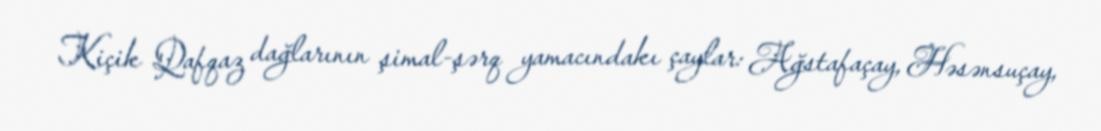
Kiçik Qafqaz dağlarının şimal-şərq yamacındakı çaylar: Ağstafaçay, Həsənsuçay,